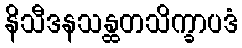
နိသီဒနသန္ထတသိက္ခာပဒံ